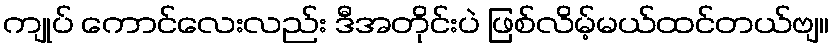
ကျုပ် ကောင်လေးလည်း ဒီအတိုင်းပဲ ဖြစ်လိမ့်မယ်ထင်တယ်ဗျ။